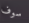
سوف